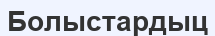
Болыстардыц